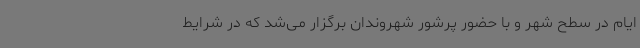
ایام در سطح شهر و با حضور پرشور شهروندان برگزار می‌شد که در شرایط